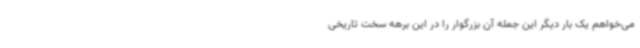
می‌خواهم یک بار دیگر این جمله آن بزرگوار را در این برهه سخت تاریخی